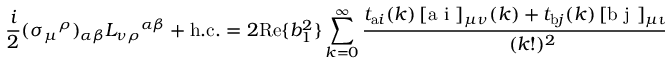
\frac { i } 2 ( \sigma _ { \mu } { } ^ { \rho } ) _ { \alpha \beta } L _ { \nu \rho } { } ^ { \alpha \beta } \ + \ \mathrm { h . c . } = 2 \mathrm { R e } \{ b _ { 1 } ^ { 2 } \} \sum _ { k = 0 } ^ { \infty } \frac { t _ { \mathrm { a } i } ( k ) \, [ \mathrm { a ~ i ~ } ] _ { \mu \nu } { } ( k ) + t _ { \mathrm { b } j } ( k ) \, [ \mathrm { b ~ j ~ } ] _ { \mu \nu } { } ( k ) } { ( k ! ) ^ { 2 } }